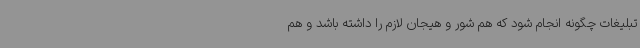
تبلیغات چگونه انجام شود که هم شور و هیجان لازم را داشته باشد و هم